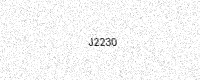
Text: J2230